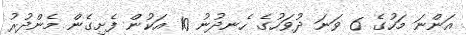
އަންނަ މަހުގެ 6 ވަނަ ދުވަހުގެ ހެނދުނު 10 އަކުން ފެށިގެން މެންދުރު